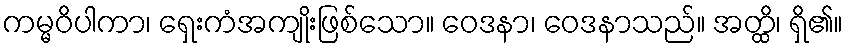
ကမ္မဝိပါကာ၊ ရှေးကံအကျိုးဖြစ်သော။ ဝေဒနာ၊ ဝေဒနာသည်။ အတ္ထိ၊ ရှိ၏။